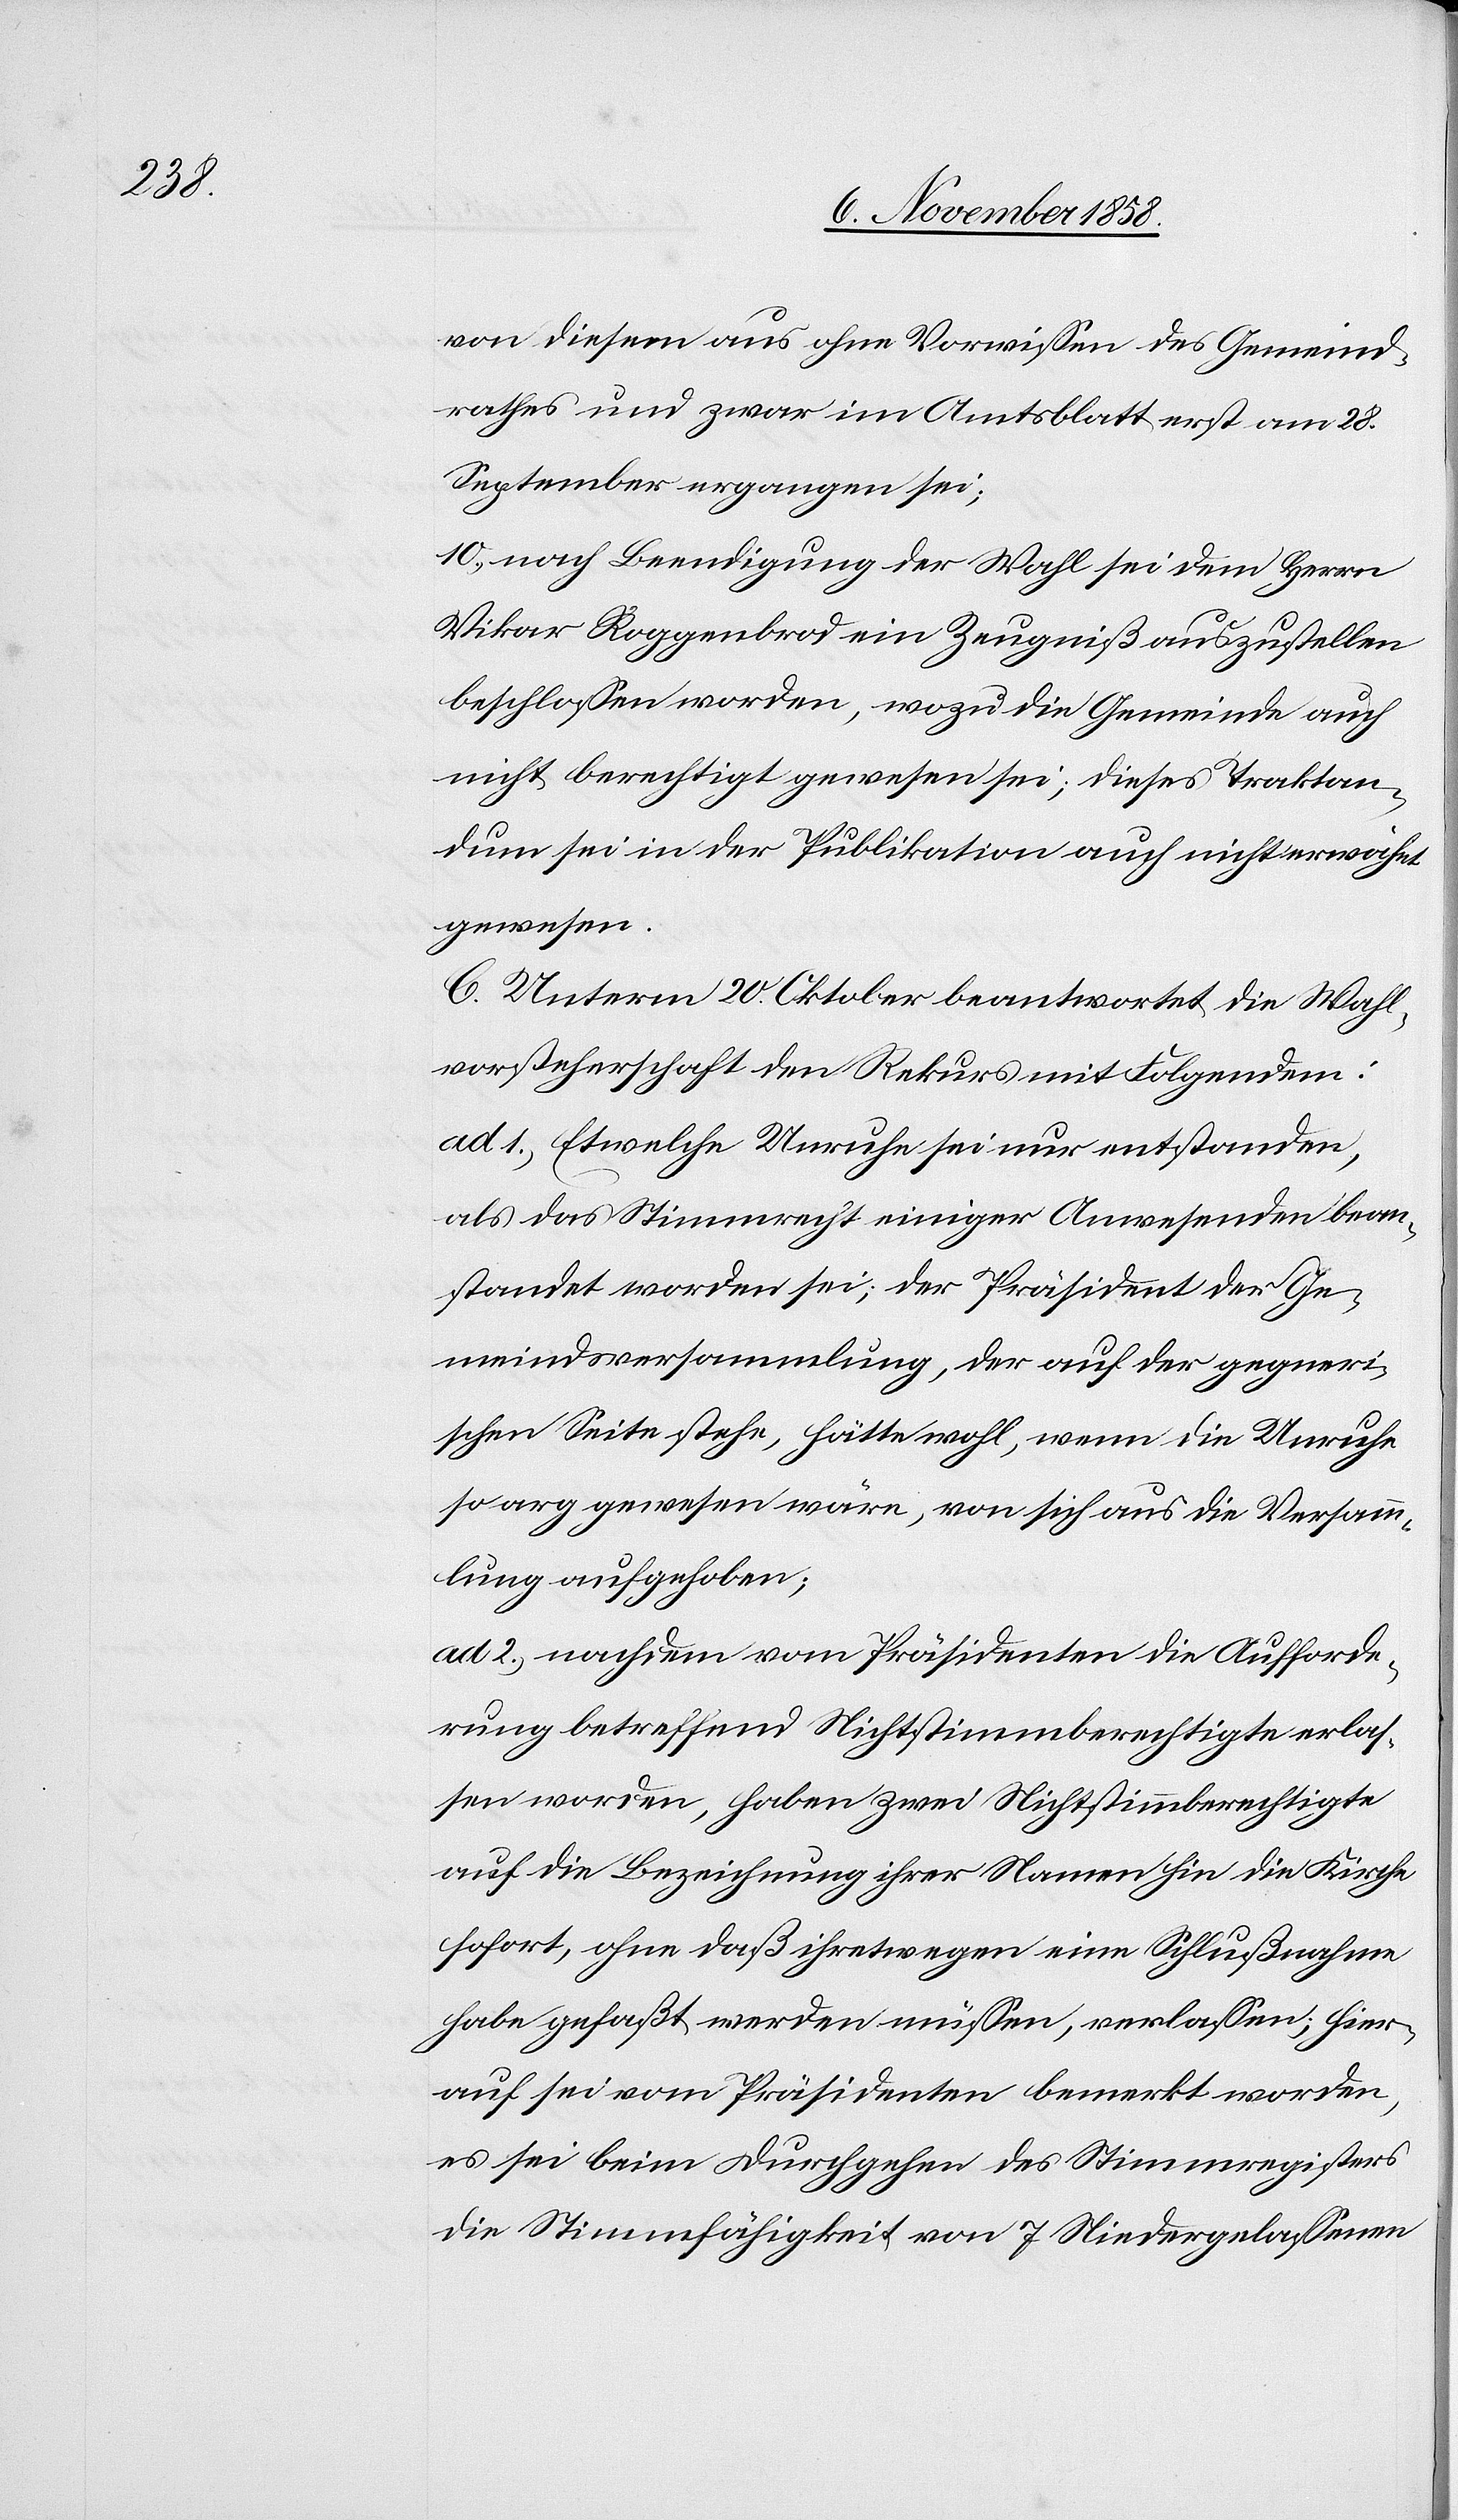
von diesem aus ohne Vorwissen des Gemeind¬
rathes und zwar im Amtsblatt erst am 28.
September ergangen sei;
10.) nach Beendigung der Wahl sei dem Herrn
Vikar Roggenbrod ein Zeugniß auszustellen
beschlossen worden, wozu die Gemeinde auch
nicht berechtigt gewesen sei; dieses Traktan¬
dum sei in der Publikation auch nicht erwähnt
gewesen.
C. Unterm 20. Oktober beantwortet die Wahl¬
vorsteherschaft den Rekurs mit Folgendem:
ad 1.) Etwelche Unruhe sei nur entstanden,
als das Stimmrecht einiger Anwesenden bean¬
standet worden sei; der Präsident der Ge¬
meindsversammlung, der auf der gegneri¬
schen Seite stehe, hätte wohl, wenn die Unruhe
so arg gewesen wäre, von sich aus die Versamm¬
lung aufgehoben;
ad 2.) nachdem vom Präsidenten die Aufforde¬
rung betreffend Nichtstimmberechtigte erlas¬
sen worden, haben zwei Nichtstimmberechtigte
auf die Bezeichnung ihrer Namen hin die Kirche
sofort, ohne daß ihretwegen eine Schlußnahme
habe gefaßt werden müssen, verlassen; hier¬
auf sei vom Präsidenten bemerkt worden,
es sei beim Durchgehen des Stimmregisters
die Stimmfähigkeit von 7 Niedergelassenen